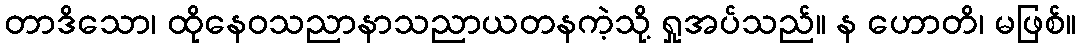
တာဒိသော၊ ထိုနေဝသညာနာသညာယတနကဲ့သို့ ရှုအပ်သည်။ န ဟောတိ၊ မဖြစ်။